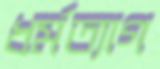
ধর্মত্যাগ